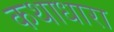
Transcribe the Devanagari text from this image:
कथाधारा